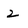
Character: 2